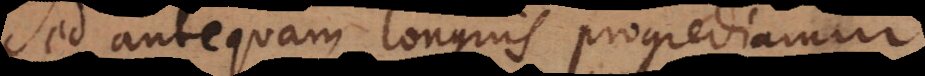
Sed antequam longius progrediamur